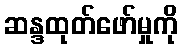
ဆန္ဒထုတ်ဖော်မှုကို